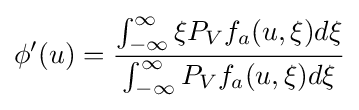
\phi '(u)={\frac {\int _{-\infty }^{\infty }\xi P_{V}f_{a}(u,\xi )d\xi }{\int _{-\infty }^{\infty }P_{V}f_{a}(u,\xi )d\xi }}